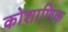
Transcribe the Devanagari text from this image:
कोशाणिक